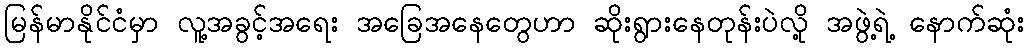
မြန်မာနိုင်ငံမှာ လူ့အခွင့်အရေး အခြေအနေတွေဟာ ဆိုးရွားနေတုန်းပဲလို့ အဖွဲ့ရဲ့ နောက်ဆုံး